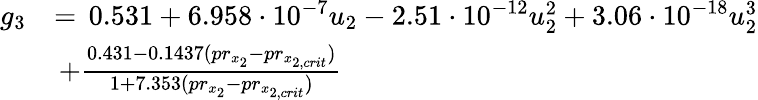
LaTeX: \begin{array}{rl}{g_{3}}&{=\, 0.531+6.958\cdot 10^{-7}u_{2}-2.51\cdot 10^{-12}u_{2}^{2}+3.06\cdot 10^{-18}u_{2}^{3}}\\ &{\, +\frac{0.431-0.1437(pr_{x_{2}}-pr_{x_{2,crit}})}{1+7.353(pr_{x_{2}}-pr_{x_{2,crit}})}}\end{array}